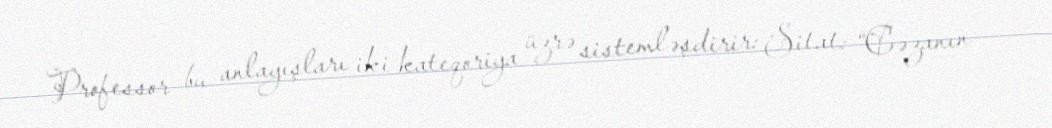
Professor bu anlayışları iki kateqoriya üzrə sistemləşdirir: Sitat: “Cəzanın